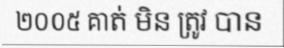
២០០៥ គាត់ មិន ត្រូវ បាន